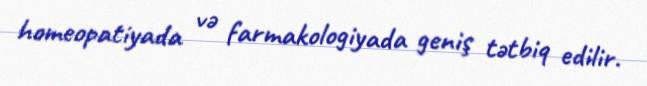
homeopatiyada və farmakologiyada geniş tətbiq edilir.